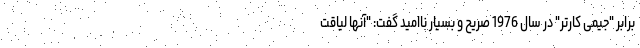
برابر "جیمی کارتر" در سال 1976 صریح و بسیار ناامید گفت: "آنها لیاقت